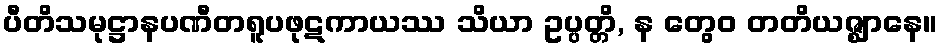
ပီတိသမုဋ္ဌာနပဏီတရူပဖုဋကာယဿ သိယာ ဥပ္ပတ္တိ, န တွေဝ တတိယဇ္ဈာနေ။